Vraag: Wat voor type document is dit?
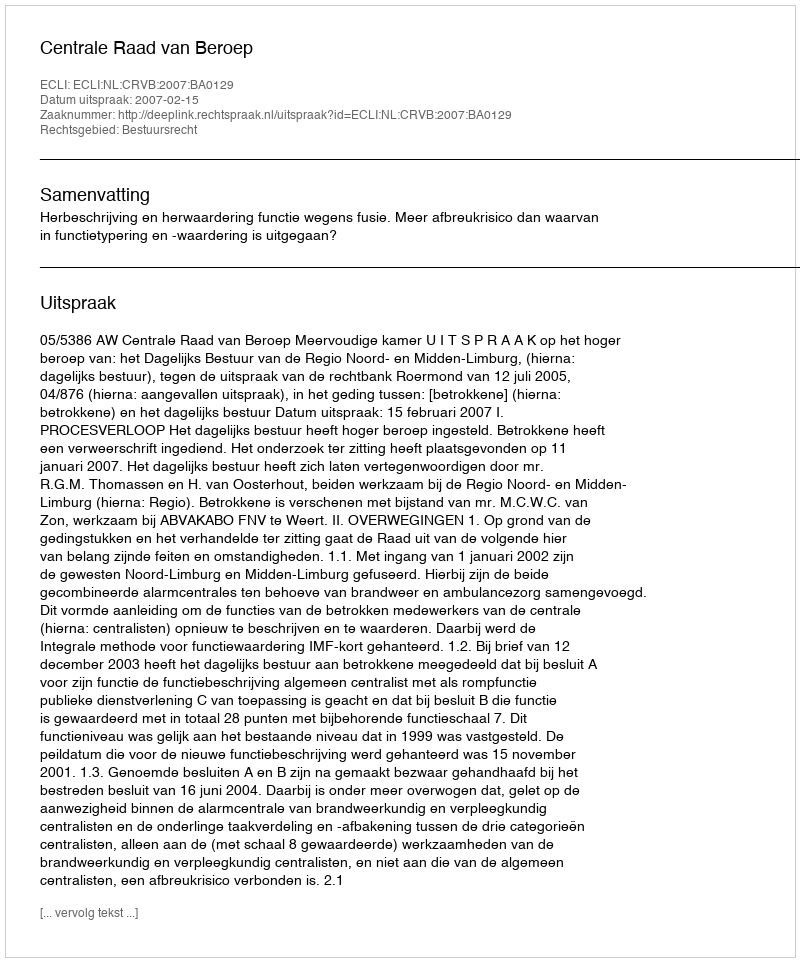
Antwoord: Uitspraak